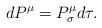
LaTeX: \begin{align*}dP^{\mu}=P^{\mu} _{\sigma} d \tau. \end{align*}